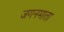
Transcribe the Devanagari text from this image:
जगनमाता